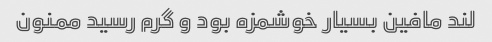
لند مافین بسیار خوشمزه بود و گرم رسید ممنون